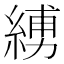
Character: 𦂪